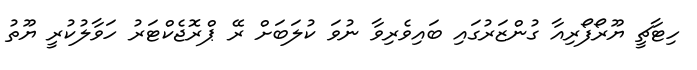
ހިޓާޗީ ޔޫރޯފޯރިއާ ގުންޒަރުގައި ބައިވެރިވާ ނުވަ ކުލަބަށް ރޭ ޕްރޮޖެކްޓަރު ހަވާލުކުރީ ޔޫތު